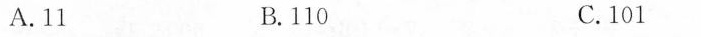
A.11 B.110 C.101